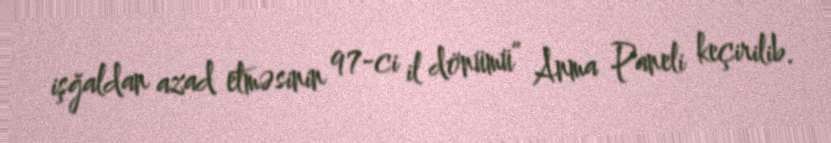
işğaldan azad etməsinin 97-ci il dönümü” Anma Paneli keçirilib.